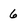
Character: 6